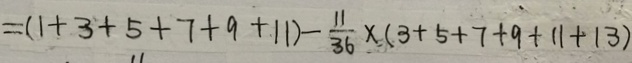
= ( 1 + 3 + 5 + 7 + 9 + 1 1 ) - \frac { 1 1 } { 3 6 } \times ( 3 + 5 + 7 + 9 + 1 1 + 1 3 )